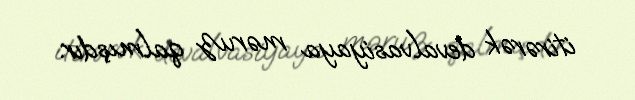
itirərək devalvasiyaya məruz qalmışdır.